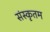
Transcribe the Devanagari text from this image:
संस्कृतम